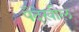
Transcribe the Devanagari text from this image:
पैदेखील